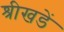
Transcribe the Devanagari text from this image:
श्रीखडें